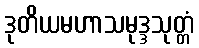
ဒုတိယမဟာသမုဒ္ဒသုတ္တံ